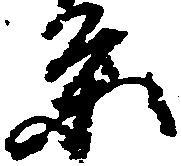
条